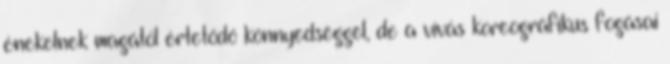
énekelnek magától értetődő könnyedséggel, de a vívás koreográfikus fogásai